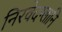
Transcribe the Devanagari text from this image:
निरवेदग्लानि